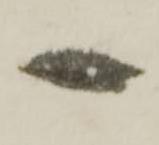
一